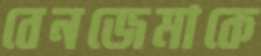
বেনজেমাকে